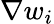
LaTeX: {\nabla}w_{i}